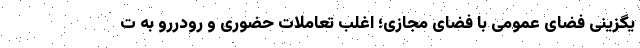
یگزینی فضای عمومی با فضای مجازی؛ اغلب تعاملات حضوری و رودررو به ت